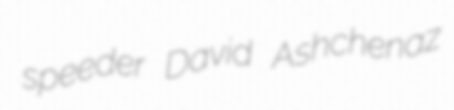
speeder David Ashchenaz